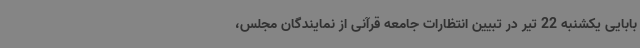
بابایی یکشنبه 22 تیر در تبیین انتظارات جامعه قرآنی از نمایندگان مجلس،